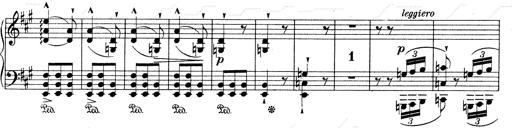
Title: Mephisto Waltz No.1
Composer: Franz Liszt